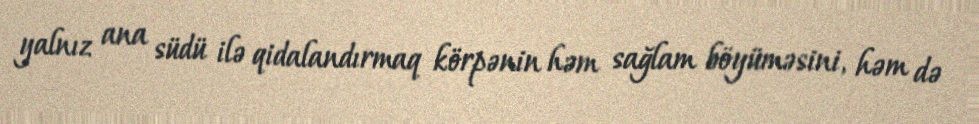
yalnız ana südü ilə qidalandırmaq körpənin həm sağlam böyüməsini, həm də